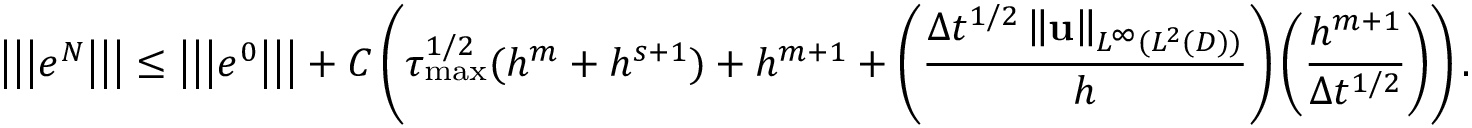
\left\vert \left\vert \left\vert e ^ { N } \right\vert \right\vert \right\vert \leq \left\vert \left\vert \left\vert e ^ { 0 } \right\vert \right\vert \right\vert + C \left( \tau _ { \operatorname* { m a x } } ^ { 1 / 2 } ( h ^ { m } + h ^ { s + 1 } ) + h ^ { m + 1 } + \left( \frac { \Delta t ^ { 1 / 2 } \left\Vert \mathbf { u } \right\Vert _ { L ^ { \infty } ( L ^ { 2 } ( D ) ) } } { h } \right) \left( \frac { h ^ { m + 1 } } { \Delta t ^ { 1 / 2 } } \right) \right) .